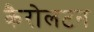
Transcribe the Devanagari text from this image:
कैरोलटन